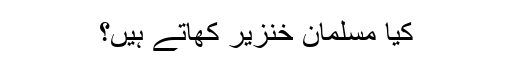
کیا مسلمان خنزیر کھاتے ہیں؟